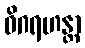
ဝိဂရဟန္တာ